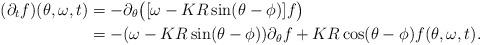
LaTeX: \begin{align*}(\partial_{t}f)(\theta,\omega,t)&=-\partial_{\theta}\big([\omega-KR\sin(\theta-\phi)]f\big)\\&=-(\omega-KR\sin(\theta-\phi))\partial_{\theta}f+KR\cos(\theta-\phi)f(\theta,\omega,t).\end{align*}